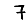
Digit: 7